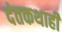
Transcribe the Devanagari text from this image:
दंतकथाही